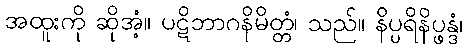
အထူးကို ဆိုအံ့။ ပဋိဘာဂနိမိတ္တံ၊ သည်။ နိပ္ပရိနိပ္ဖန္ဒံ၊